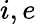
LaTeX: i,e